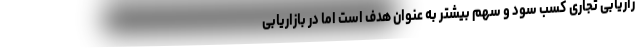
زاریابی تجاری کسب سود و سهم بیشتر به عنوان هدف است اما در بازاریابی